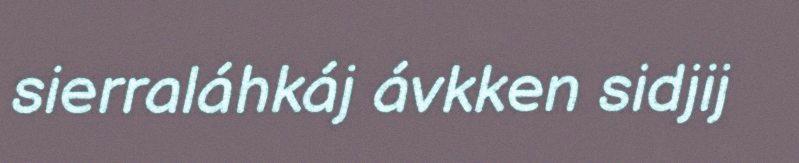
sierraláhkáj ávkken sidjij